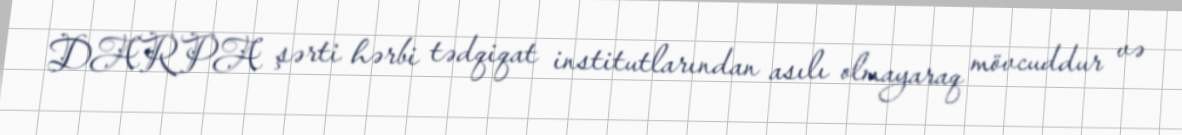
DARPA şərti hərbi tədqiqat institutlarından asılı olmayaraq mövcuddur və